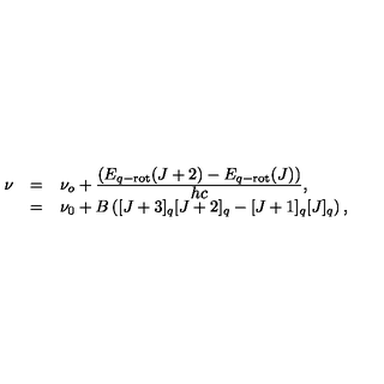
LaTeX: \begin{array} { r c l } { \nu } & { = } & { \nu _ { o } + \frac { \displaystyle \left( E _ { q - \mathrm { r o t } } ( J + 2 ) - E _ { q - \mathrm { r o t } } ( J ) \right) } { \displaystyle h c } , } \\ { } & { = } & { \nu _ { 0 } + B \left( [ J + 3 ] _ { q } [ J + 2 ] _ { q } - [ J + 1 ] _ { q } [ J ] _ { q } \right) , } \\ \end{array}